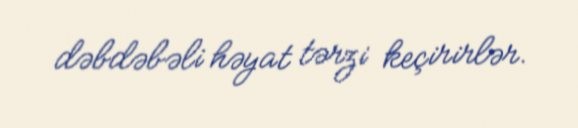
dəbdəbəli həyat tərzi keçirirlər.